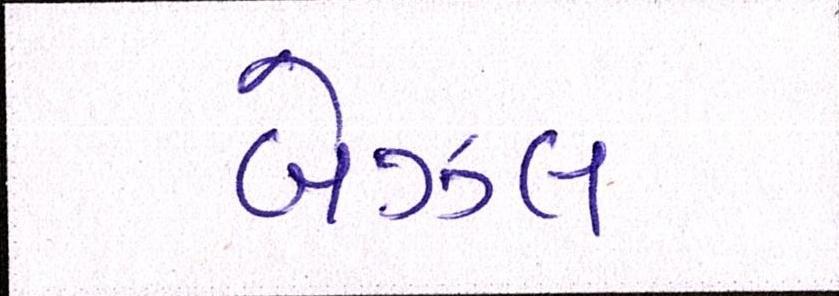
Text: બેઝલ